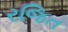
રજિત